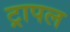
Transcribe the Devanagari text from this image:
ट्रापल